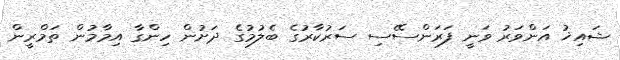
ޝައިޚު އަންވަރު ވަނީ ފަރަންސޭސި ސަރުކާރުގެ ބެލުމުގެ ދަށުން ހިންގާ އިމާމުން ތަމްރީން